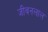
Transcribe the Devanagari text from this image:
जीवनलाल